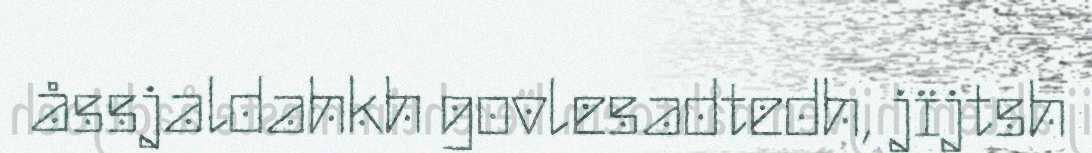
åssjaldahkh govlesadtedh, jïjtsh